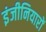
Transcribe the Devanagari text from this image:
इंजीनियारों